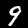
Digit: 9